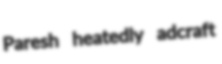
Paresh heatedly adcraft